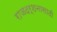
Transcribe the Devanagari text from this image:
राजदर्शनासाठी